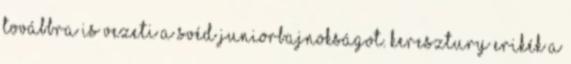
továbbra is vezeti a svéd juniorbajnokságot. Keresztury Erikék a